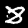
Digit: 8